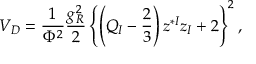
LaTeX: V _ { D } = { \frac { 1 } { \Phi ^ { 2 } } } { \frac { g _ { R } ^ { 2 } } { 2 } } \left\{ \left( Q _ { I } - { \frac { 2 } { 3 } } \right) z ^ { * I } z _ { I } + 2 \right\} ^ { 2 } ,